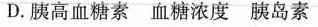
D.胰高血糖素 血糖浓度 胰岛素